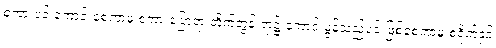
စကားပင် ကောင်းစေကာမူ စကားပြောရာ တိုက်တွန်းရာ၌ ကောင်းမွန်သည်ပင် ဖြစ်စေကာမူ စရိုက်နှင့်